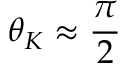
\theta _ { K } \approx \frac { \pi } { 2 }